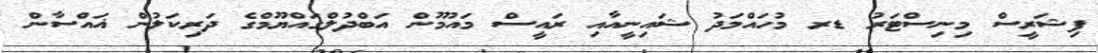
ފިޝަރީސް މިނިސްޓަރު ޑރ މުހައްމަދު ޝައިނީއާއި ރައީސް މައުމޫން އަބްދުލްގައްޔޫމްގެ ދަރިކަލުން ޣައްސާން